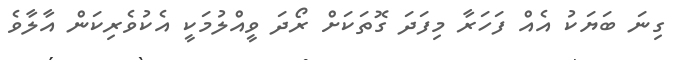
ގިނަ ބަޔަކު އެއް ފަހަރާ މިފަދަ ގޮތަކަށް ރޯދަ ވީއްލުމަކީ އެކުވެރިކަން އާލާވެ